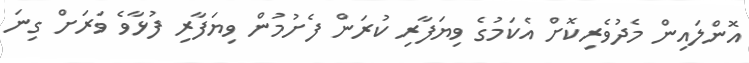
އޮންލައިން މެދުވެރިކޮށް އެކަމުގެ ވިޔަފާރި ކުރަން ފެށުމުން ވިޔަފާރި ފުޅާވެ ވަރަށް ގިނަ